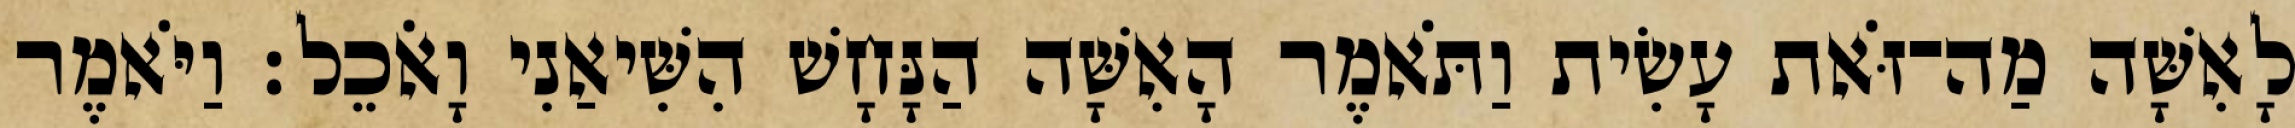
לָאִשָּׁה מַה־זֹּאת עָשִׂית וַתֹּאמֶר הָאִשָּׁה הַנָּחָשׁ הִשִּׁיאַנִי וָאֹכֵל׃ וַיֹּאמֶר